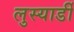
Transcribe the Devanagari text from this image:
लुस्यार्डी